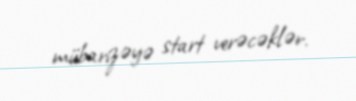
mübarizəyə start verəcəklər.